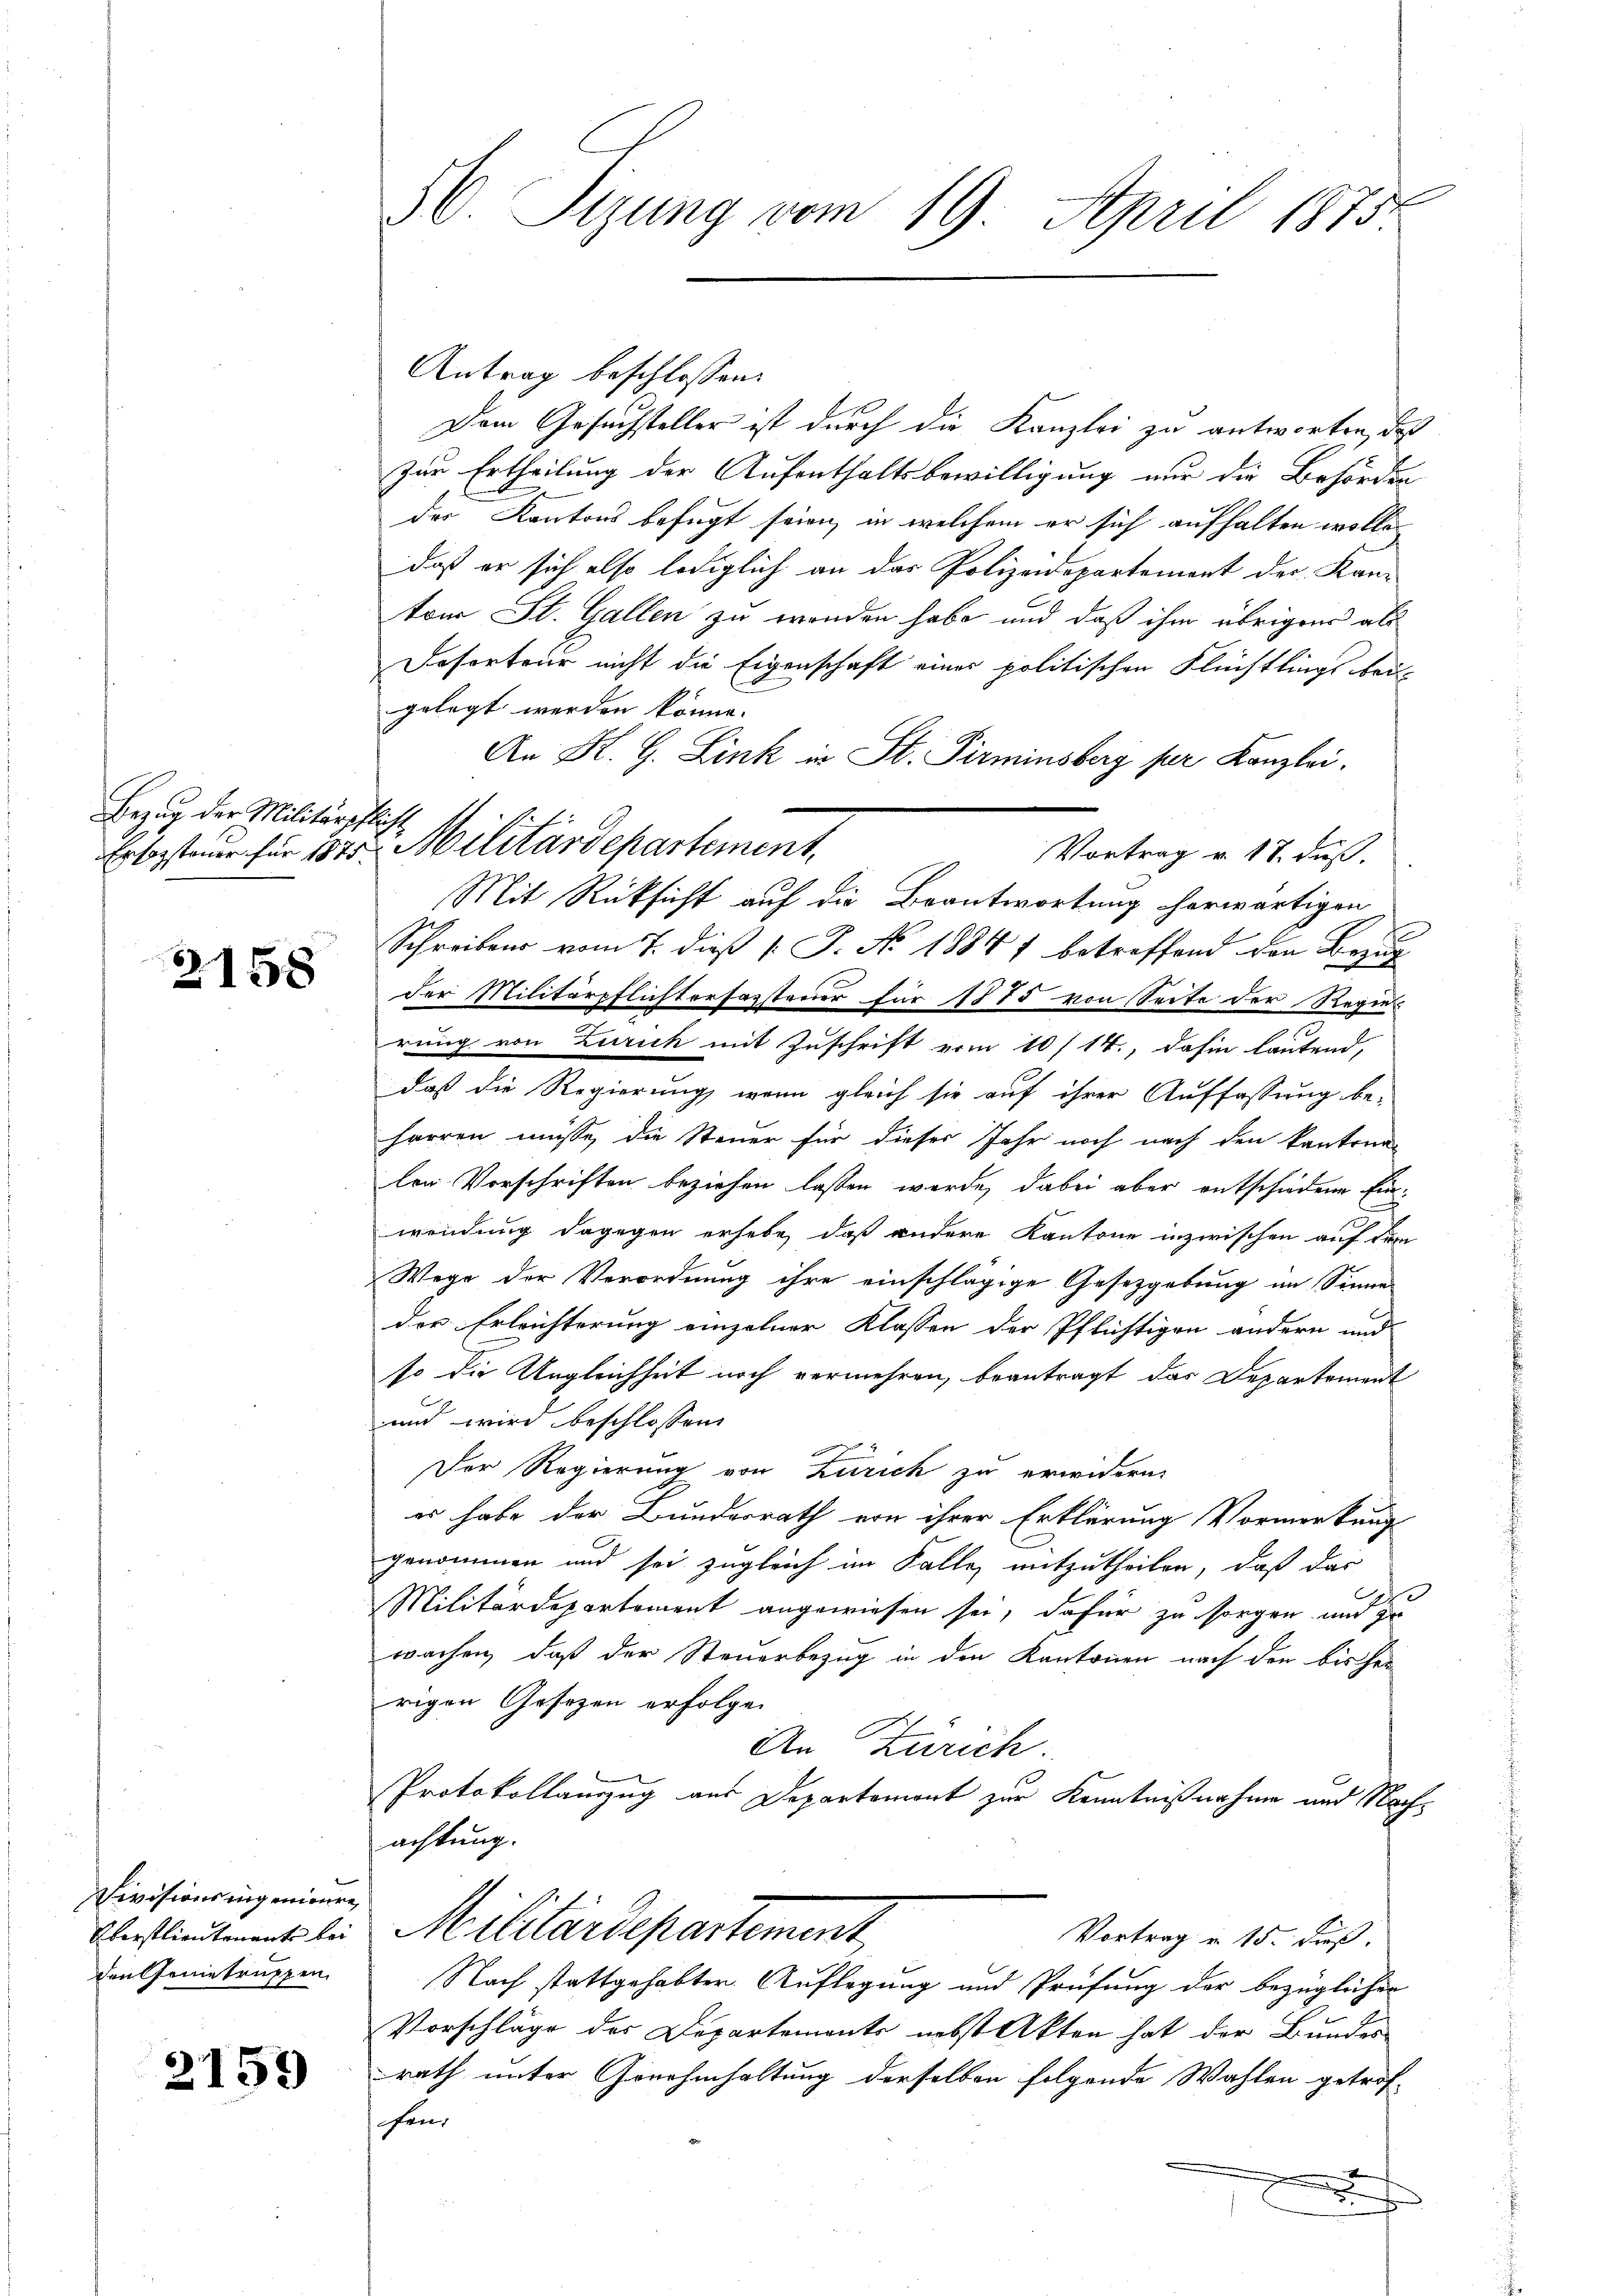
Bezug der Militärpflicht

2158

Divisionsingenieure,
den Genetruppen.

2159

36. Sizung vom 19. April 1875

Antrag beschlossen:
Dem Gesuchsteller ist durch die Kanzlei zu antworten, daß
zur Ertheilung der Aufenthaltsbewilligung nur die Behörden
der Kantons befugt seien, in welchem er sich aufhalten wolle,
daß er sich also lediglich an das Polizeidepartement der Kan-
ton St. Gallen zu werden habe und daß ihm übrigens als
Desorteur nicht die Eigenschaft einer politischen Flüchtlings bei-
gelegt werden könne.
An R. G. Link in St. Pirminsberg per Kanzlei.
Vortrag v. 18. Fuß.
Mit Rücksicht auf die Beantwortung herwärtigen
Schreiben vom 7. dieß [ J. No 1884 betreffend den Bezug
der Militärpflichterfassteuer für 1875 von Seite der Regier
rung von Zürich mit Zuschrift vom 10/14., dahin lautend,
daß die Regierung, wenn gleich sie auf ihrer Auffassung be-
harren müsse, die Steuer für dieser Jahr noch nach den kantona-
len Vorschriften beziehen lassen werde, dabei aber entschiedene Einwendung dagegen erhebe, daß andere Kantone inzwischen auf dem
Wege der Verordnung ihre einschlägige Gesetzgebung im Sinne
der Erleichterung einzelner Klassen der Pflichtigen andern und
so die Ungleichheit noch vermehren, beantragt das Departement
und wird beschlossen
Der Regierung von Zürich zu erwidern,
es habe der Bundesrath von ihrer Erklärung Vormerkung
genommen und sei zugleich im Falle, mitzutheilen, daß das
.
Militärdepartement angewiesen sei, dafür zu sorgen und zu
wachen, daß der Steuerbezug in den Kantonen nach den bisher
rigen Gesetzen erfolgen
An Zürich.
Protokollauszug aus Departement zur Kenntnißnahme und Nachachtung.
Verstinment bei Militärdepartement
Vortrag u. 15. Fuß.
Nach stattgehabter Auflegung und Prüfung der bezüglicher
Vorschläge des Departemonts nebst Akten hat der Bundes
rath unter Genehmhaltung derselben folgende Wahlen getrof-
schen.

Ersopsteuer für 1875 Militärdepartement,